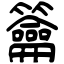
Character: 籥